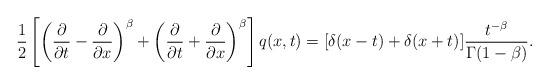
LaTeX: \begin{align*}\frac{1}{2}\left [ \left( \frac{\partial}{\partial t} - \frac{\partial}{\partial x} \right)^\beta +\left( \frac{\partial}{\partial t} + \frac{\partial}{\partial x} \right)^\beta \right] q(x,t) =[\delta(x-t)+\delta(x+t)]\frac{t^{-\beta}}{\Gamma(1-\beta)}.\end{align*}